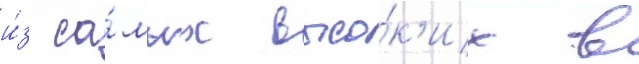
и́з са́мых высо́к'их в